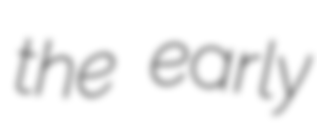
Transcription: the early